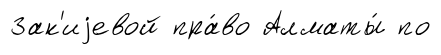
Зак'иjевой пра́во Алматы́ по